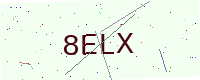
Text: 8ELX